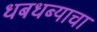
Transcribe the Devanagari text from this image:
धबधब्याचा